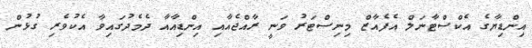
އިންޑިޔާގެ އެކްސްޓާނަލް އެފެއާޒް މިނިސްޓަރު ވަނީ ރާއްޖެއާއި އިންޑިއާއާ ދެމެދުގައިވާ އެކުވެރި ގުޅުން